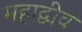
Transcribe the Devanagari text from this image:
महाद्वीव